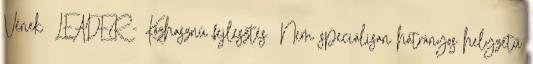
Vének ▪LEADER - Közhasznú fejlesztés ▪Nem speciálisan hátrányos helyzetű